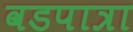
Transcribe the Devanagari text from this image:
वडपात्रा